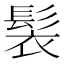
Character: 𩬿